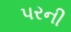
પરની